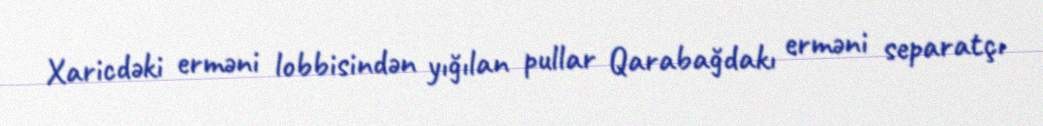
Xaricdəki erməni lobbisindən yığılan pullar Qarabağdakı erməni separatçı